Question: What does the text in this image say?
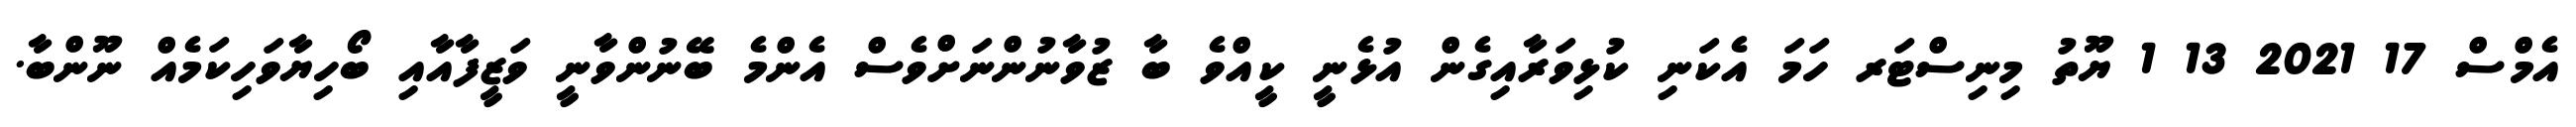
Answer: އެމްސް 17 2021 13 1 ޔޫތު މިނިސްޓަރ ހަމަ އެކަނި ކުޅިވަރާއިގެން އުޅެނީ ކީއްވެ ބާ ޒުވާނުންނަށްވެސް އެންމެ ބޭނުންވާނީ ވަޒީފާއާއި ބޯހިޔާވަހިކަމެއް ނޫންބާ.